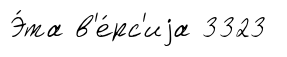
Э́та в'е́рс'иjа 3323